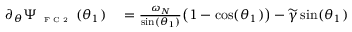
\begin{array} { r l } { \partial _ { \theta } \Psi _ { \textnormal { \tiny { F C 2 } } } ( \theta _ { 1 } ) } & { { } = \frac { \omega _ { N } } { \sin ( \theta _ { 1 } ) } \big ( 1 - \cos ( \theta _ { 1 } ) \big ) - \widetilde { \gamma } \sin ( \theta _ { 1 } ) } \end{array}